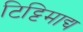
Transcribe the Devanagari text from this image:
टिट्टिमाद्य